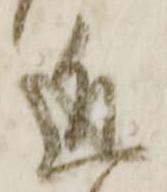
近